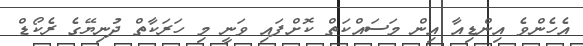
އެހެންވެ އިންޑިއާ އިން މަސައްކަތް ކޮށްފައި ވަނީ މި ހަރަކާތް ދުނިޔޭގެ ރެކޯޑް